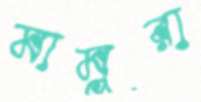
মামুরা